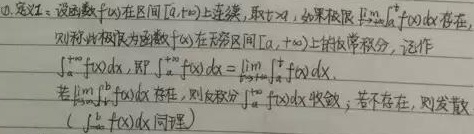
10. 定义：设函数\(f(x)\)在区间\([a,+\infty)\)上连续，取\(t>a\)，如果极限\(\lim\limits_{t \to +\infty}\int_{a}^{t}f(x)dx\)存在，则称此极限为函数\(f(x)\)在无穷区间\([a, +\infty)\)上的反常积分，记作\(\int_{a}^{+\infty}f(x)dx\)，即
\(\int_{a}^{+\infty}f(x)dx = \lim\limits_{t \to +\infty}\int_{a}^{t}f(x)dx\)。
若\(\lim\limits_{t \to +\infty}\int_{a}^{t}f(x)dx\)存在，则反常积分\(\int_{a}^{+\infty}f(x)dx\)收敛；若不存在，则发散（\(\int_{-\infty}^{b}f(x)dx\) 同理）